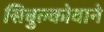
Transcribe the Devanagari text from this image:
सिबुल्कोवाने